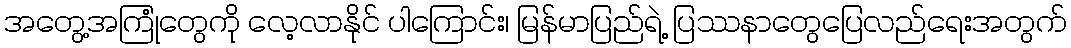
အတွေ့အကြုံတွေကို လေ့လာနိုင် ပါကြောင်း၊ မြန်မာပြည်ရဲ့ ပြဿနာတွေပြေလည်ရေးအတွက်